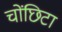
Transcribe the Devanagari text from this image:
चोंछिटा